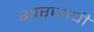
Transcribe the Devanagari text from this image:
शारजाची